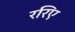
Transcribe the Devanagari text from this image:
ररिए